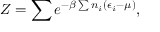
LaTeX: Z = \sum e ^ { - \beta \sum n _ { i } ( \epsilon _ { i } - \mu ) } ,